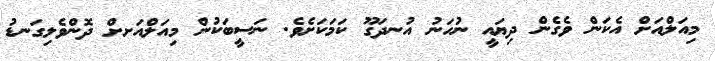
މިއަލްއަށް އެކަން ވެގެން ދިޔައީ ނުހަނު އުނދަގޫ ކަމަކަށެވެ. ނަސީބަކުން މިއަލްއަށށް ދޮންވެލިގަނޑު